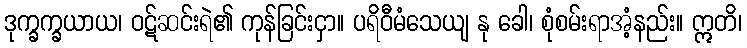
ဒုက္ခက္ခယာယ၊ ဝဋ်ဆင်းရဲ၏ ကုန်ခြင်းငှာ။ ပရိဝီမံသေယျ နု ခေါ၊ စုံစမ်းရာအံ့နည်း။ ဣတိ၊